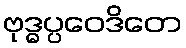
ဗုဒ္ဓပ္ပဝေဒိတေ